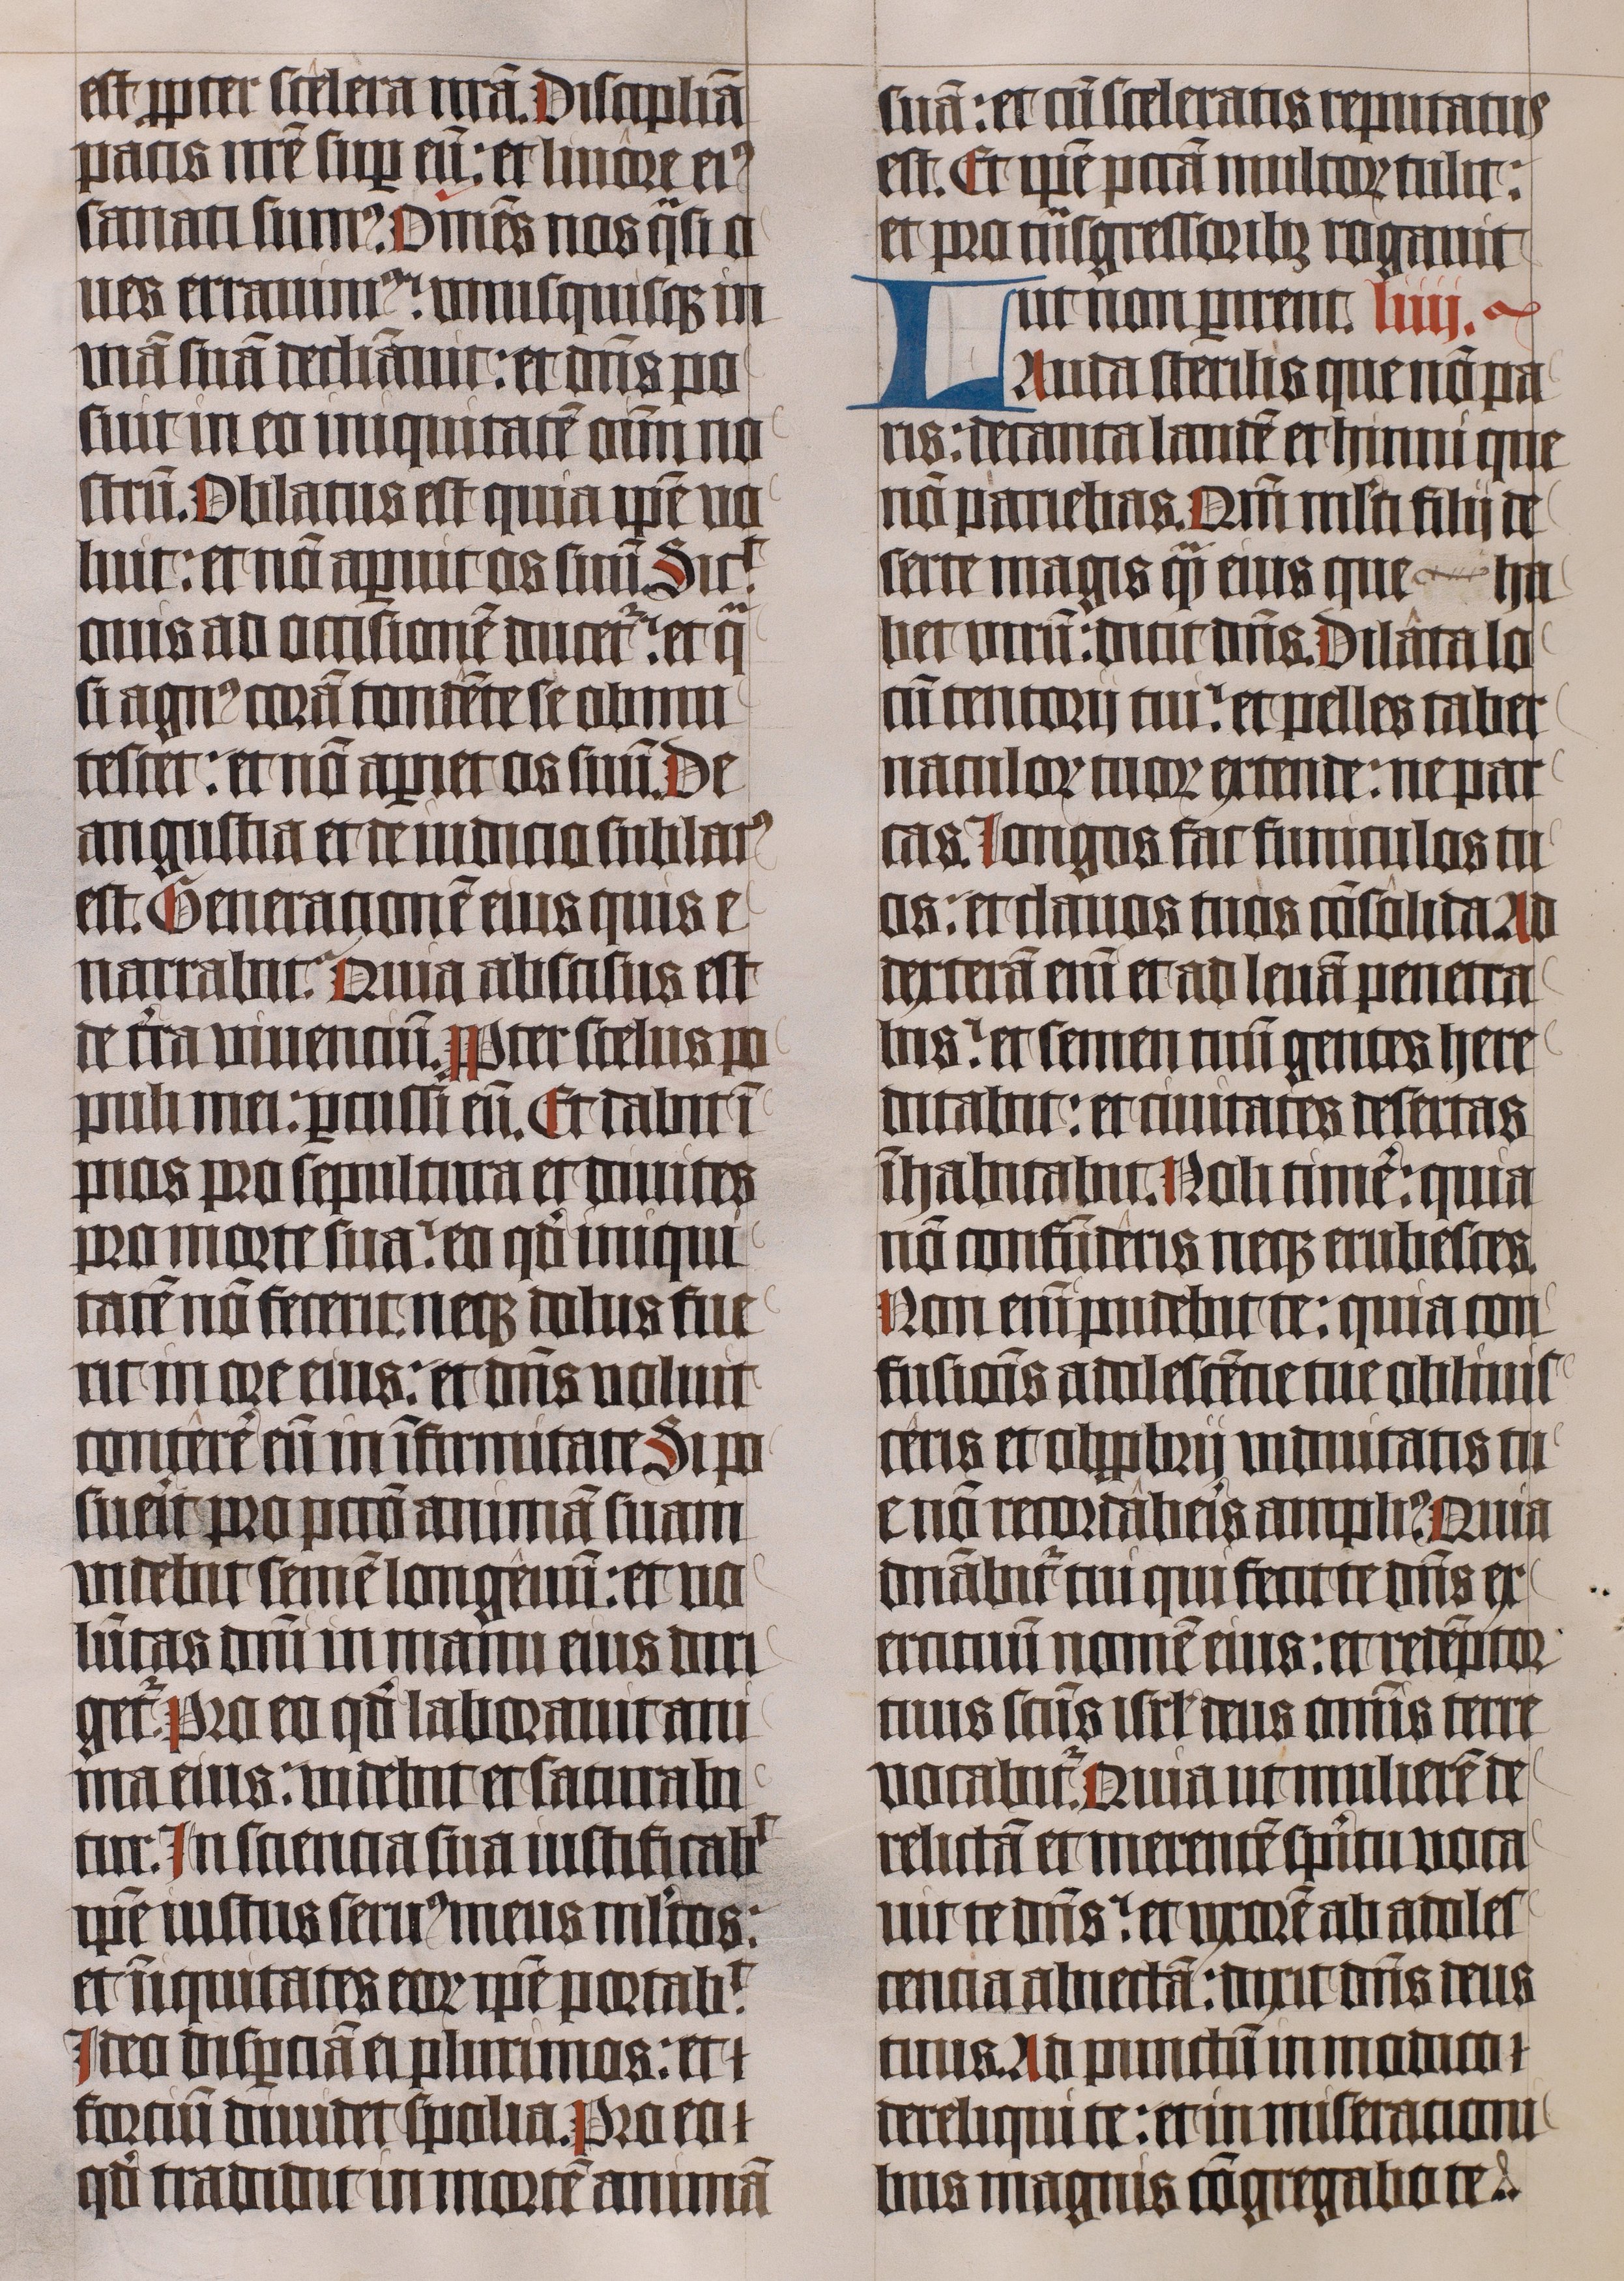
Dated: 1445–1445